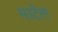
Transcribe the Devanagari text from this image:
माटेल